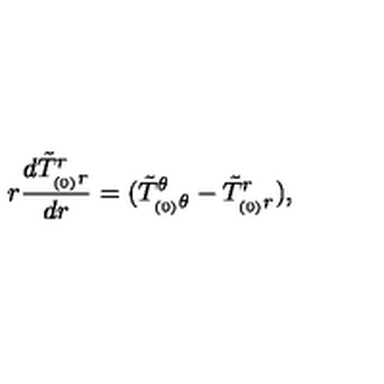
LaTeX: r \frac { d \tilde { T } _ { _ { ( 0 ) } r } ^ { r } } { d r } = ( \tilde { T } _ { _ { ( 0 ) } \theta } ^ { \theta } - \tilde { T } _ { _ { ( 0 ) } r } ^ { r } ) ,